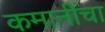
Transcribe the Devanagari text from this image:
कमानींचा